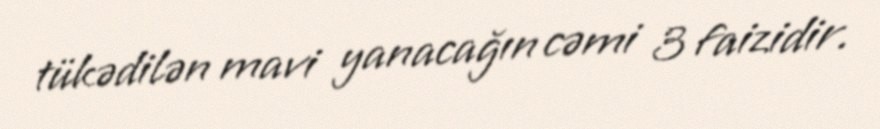
tükədilən mavi yanacağın cəmi 3 faizidir.